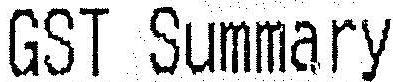
GST SUMMARY